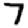
Digit: 7